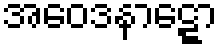
အဝေဒနာဋ္ဋော